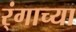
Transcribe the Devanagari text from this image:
र्ंगाच्या